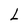
Character: L